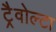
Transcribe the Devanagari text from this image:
ट्रैवोल्टा